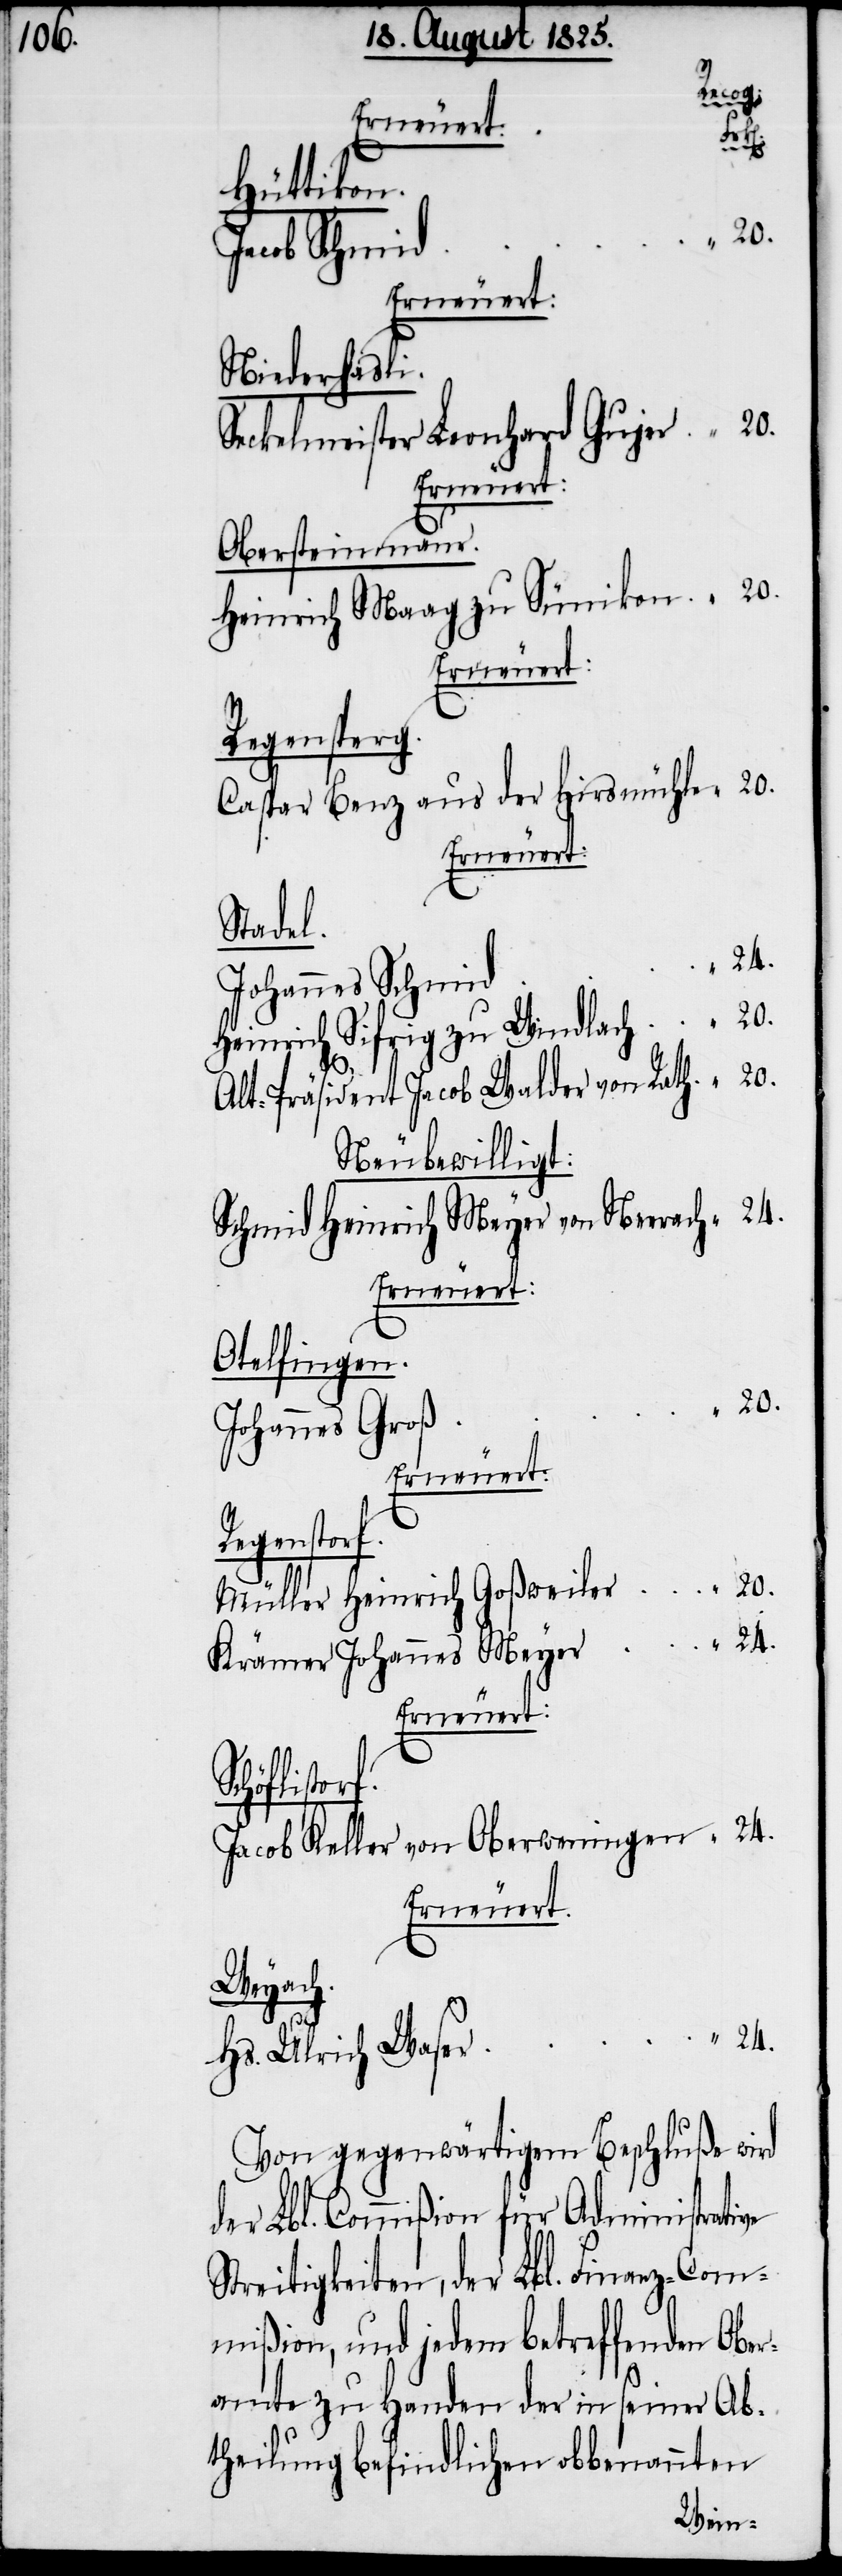
Recog.
Erneuert:
Sc¬
Hüttikon.
Erneuert:
Niederhasli.
Seckelmeister Leonhard Gujer	“	20.
Erneuert:
Obersteinmaur.
Heinrich Maag zu Sünikon	“	20.
Erneuert:
Regensperg.
Caspar Benz aus der Hirsmühle	“	20.
Erneuert:
Stadel.
Heinrich Sifrig zu Windlach	“	20.
Alt-Präsident Jacob Walder von Rath	“	20.
Neu bewilligt:
Schmid Heinrich Meyer von Neerach	“	24.
Erneuert:
Otelfingen.
Regenstorf.
Müller Heinrich Goßweiler	“	20.
Krämer Johannes Meyer	“	24.
höflistorf.
Jacob Keller von Oberweningen	“	24.
Erneuert:
Weyach.
r	“	24.
Hs. Ulrich Wase¬
Von gegenwärtigem Beschluße wird
der Lbl. Commißion für Administrative
Streitigkeiten, der Lbl. Finanz-Com¬
mißion, und jedem betreffenden Ober¬
amte zu Handen der in seiner Ab¬
theilung befindlichen obbenannten